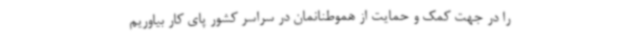
را در جهت کمک و حمایت از هموطنانمان در سراسر کشور پای کار بیاوریم